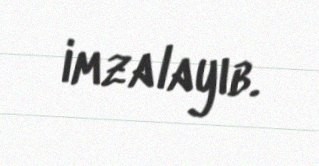
imzalayıb.